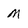
Character: M